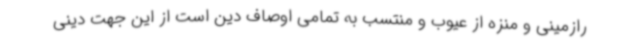
رازمینی و منزه از عیوب و منتسب به تمامی اوصاف دین است از این جهت دینی